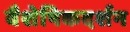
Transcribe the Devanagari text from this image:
वैशेषिकदर्शन